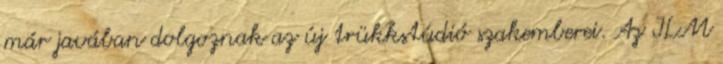
már javában dolgoznak az új trükkstúdió szakemberei. Az ILM